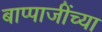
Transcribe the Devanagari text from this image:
बाप्पाजींच्या